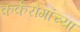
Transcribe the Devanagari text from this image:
कर्करोगांच्या